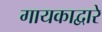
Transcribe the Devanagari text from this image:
गायकाद्वारे